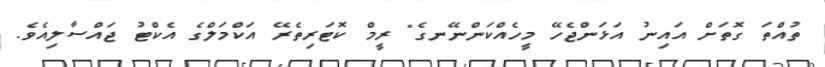
ތުއްތަ ގޮތަށް އައިނު އަޅަންޖެހޭ މީހެއްކަންނޭނގެ" ރީމް ކޮޓަރިތެރޭ އަކްމަލްގެ އެކްޓު ޖައްސާލިއެވެ.